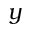
\boldsymbol { y }